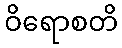
ဝိရောစတိ